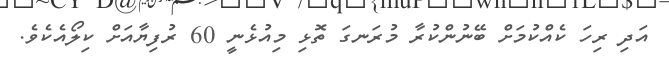
އަދި ރިހަ ކެއްކުމަށް ބޭނުންކުރާ މުރަނގަ ތޮޅި މިއުޅެނީ 60 ރުފިޔާއަށް ކިލޯއެކެވެ.